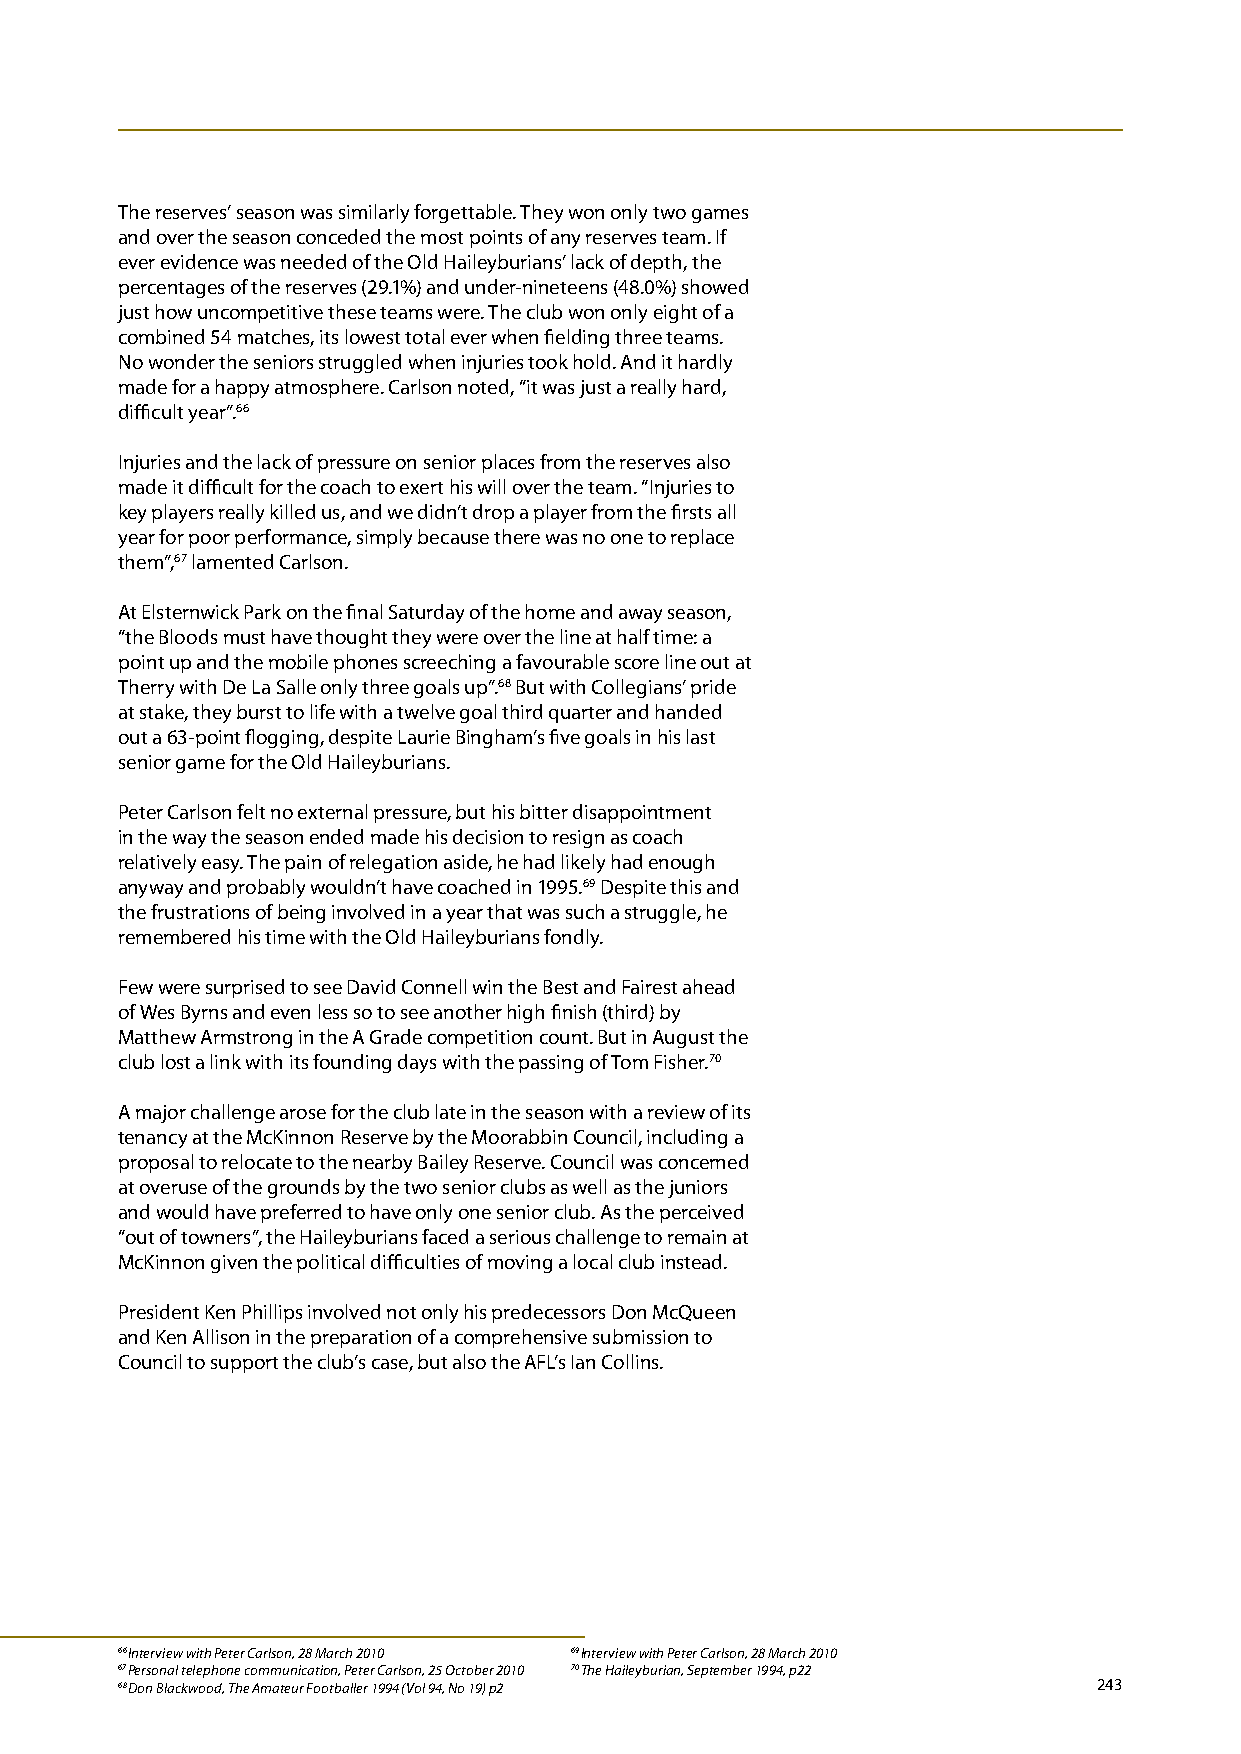
The reserves’ season was similarly forgettable. They won only two games
 and over the season conceded the most points of any reserves team. If
 ever evidence was needed of the Old Haileyburians’ lack of depth, the
 percentages of the reserves (29.1%) and under-nineteens (48.0%) showed
 just how uncompetitive these teams were. The club won only eight of a
 combined 54 matches, its lowest total ever when fielding three teams.
 No wonder the seniors struggled when injuries took hold. And it hardly
 made for a happy atmosphere. Carlson noted, “it was just a really hard,
 difficult year”.66
 Injuries and the lack of pressure on senior places from the reserves also
 made it difficult for the coach to exert his will over the team. “Injuries to
 key players really killed us, and we didn’t drop a player from the firsts all
 year for poor performance, simply because there was no one to replace
 them”,67 lamented Carlson.
 At Elsternwick Park on the final Saturday of the home and away season,
 “the Bloods must have thought they were over the line at half time: a
 point up and the mobile phones screeching a favourable score line out at
 Therry with De La Salle only three goals up”.68 But with Collegians’ pride
 at stake, they burst to life with a twelve goal third quarter and handed
 out a 63-point flogging, despite Laurie Bingham’s five goals in his last
 senior game for the Old Haileyburians.
 Peter Carlson felt no external pressure, but his bitter disappointment
 in the way the season ended made his decision to resign as coach
 relatively easy. The pain of relegation aside, he had likely had enough
 anyway and probably wouldn’t have coached in 1995.69 Despite this and
 the frustrations of being involved in a year that was such a struggle, he
 remembered his time with the Old Haileyburians fondly.
 Few were surprised to see David Connell win the Best and Fairest ahead
 of Wes Byrns and even less so to see another high finish (third) by
 Matthew Armstrong in the A Grade competition count. But in August the
 club lost a link with its founding days with the passing of Tom Fisher.70
 A major challenge arose for the club late in the season with a review of its
 tenancy at the McKinnon Reserve by the Moorabbin Council, including a
 proposal to relocate to the nearby Bailey Reserve. Council was concerned
 at overuse of the grounds by the two senior clubs as well as the juniors
 and would have preferred to have only one senior club. As the perceived
 “out of towners”, the Haileyburians faced a serious challenge to remain at
 McKinnon given the political difficulties of moving a local club instead.
 President Ken Phillips involved not only his predecessors Don McQueen
 and Ken Allison in the preparation of a comprehensive submission to
 Council to support the club’s case, but also the AFL’s Ian Collins.
 66 Interview with Peter Carlson, 28 March 2010 69 Interview with Peter Carlson, 28 March 2010
 67 Personal telephone communication, Peter Carlson, 25 October 2010 70 The Haileyburian, September 1994, p22
 68 Don Blackwood, The Amateur Footballer 1994 (Vol 94, No 19) p2 243